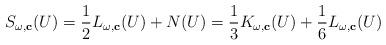
LaTeX: \begin{align*}S_{\omega,\mathbf{c}}(U)=\frac{1}{2}L_{\omega,\mathbf{c}}(U)+N(U)=\frac{1}{3}K_{\omega,\mathbf{c}}(U)+\frac{1}{6}L_{\omega,\mathbf{c}}(U)\end{align*}